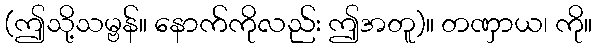
(ဤသို့သမ္ဗန်။ နောက်ကိုလည်း ဤအတူ)။ တဏှာယ၊ ကို။